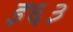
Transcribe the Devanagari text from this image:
इ६३